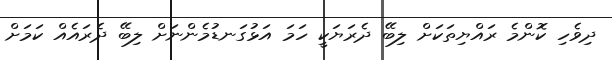
ދިވެހި ކޮންމެ ރައްޔިތަކަށް ލިބޭ ދެރަޔަކީ ހަމަ އަޅުގަނޑުމެންނަށް ލިބޭ ދެރައެއް ކަމަށް